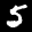
Label: 5